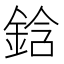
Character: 鋡